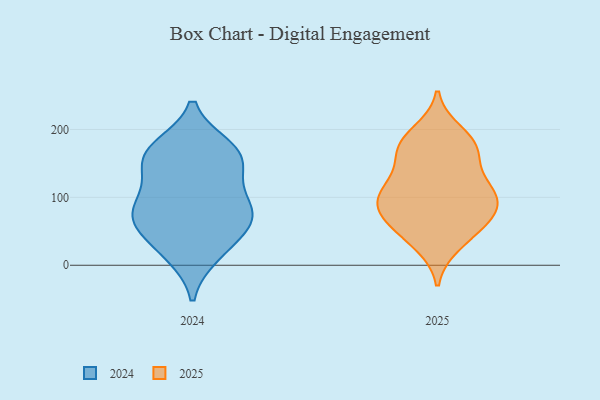
{"axis": {"x": "Shipments", "y": "Value"}, "legend": ["2024", "2025"], "data": [{"x": "", "y": 76, "type": "2024"}, {"x": "", "y": 22, "type": "2024"}, {"x": "", "y": 63, "type": "2024"}, {"x": "", "y": 117, "type": "2024"}, {"x": "", "y": 54, "type": "2024"}, {"x": "", "y": 16, "type": "2024"}, {"x": "", "y": 165, "type": "2024"}, {"x": "", "y": 92, "type": "2024"}, {"x": "", "y": 72, "type": "2024"}, {"x": "", "y": 150, "type": "2024"}, {"x": "", "y": 152, "type": "2024"}, {"x": "", "y": 173, "type": "2024"}, {"x": "", "y": 80, "type": "2024"}, {"x": "", "y": 169, "type": "2024"}, {"x": "", "y": 72, "type": "2025"}, {"x": "", "y": 104, "type": "2025"}, {"x": "", "y": 181, "type": "2025"}, {"x": "", "y": 57, "type": "2025"}, {"x": "", "y": 101, "type": "2025"}, {"x": "", "y": 70, "type": "2025"}, {"x": "", "y": 182, "type": "2025"}, {"x": "", "y": 116, "type": "2025"}, {"x": "", "y": 37, "type": "2025"}, {"x": "", "y": 30, "type": "2025"}, {"x": "", "y": 84, "type": "2025"}, {"x": "", "y": 196, "type": "2025"}, {"x": "", "y": 164, "type": "2025"}, {"x": "", "y": 122, "type": "2025"}, {"x": "", "y": 156, "type": "2025"}, {"x": "", "y": 71, "type": "2025"}, {"x": "", "y": 111, "type": "2025"}, {"x": "", "y": 171, "type": "2025"}, {"x": "", "y": 96, "type": "2025"}]}